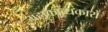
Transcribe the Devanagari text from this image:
महाकाव्यकारों